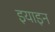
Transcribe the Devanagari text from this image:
इयाइन